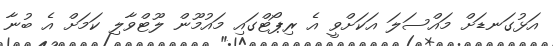
އަޅުގަނޑަށް މައްސަލަ އަކަށްވީ އެ ރިޕޯޓްގައި މައުމޫން ލޫޓްވާލި ކަމަށް އެ ބުނާ